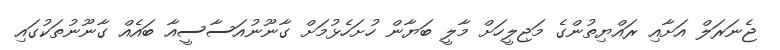
ޖެނަރަލް އަށާއި ރައްޔިތުންގެ މަޖިލީހަށް މާލީ ބަޔާން ހުށަހެޅުމަށް ގާނޫނުއަސާސީއާ ބައެއް ގާނޫނުތަކުގައި